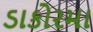
ડાકોરમા